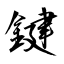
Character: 鍵